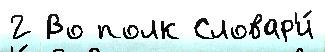
2 Во полк Словар'и́